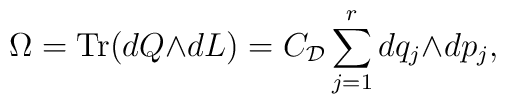
\Omega = {\rm Tr}(dQ{\wedge}dL)=C_{\cal D} \sum_{j=1}^{r}    dq_{j}{\wedge}dp_{j},